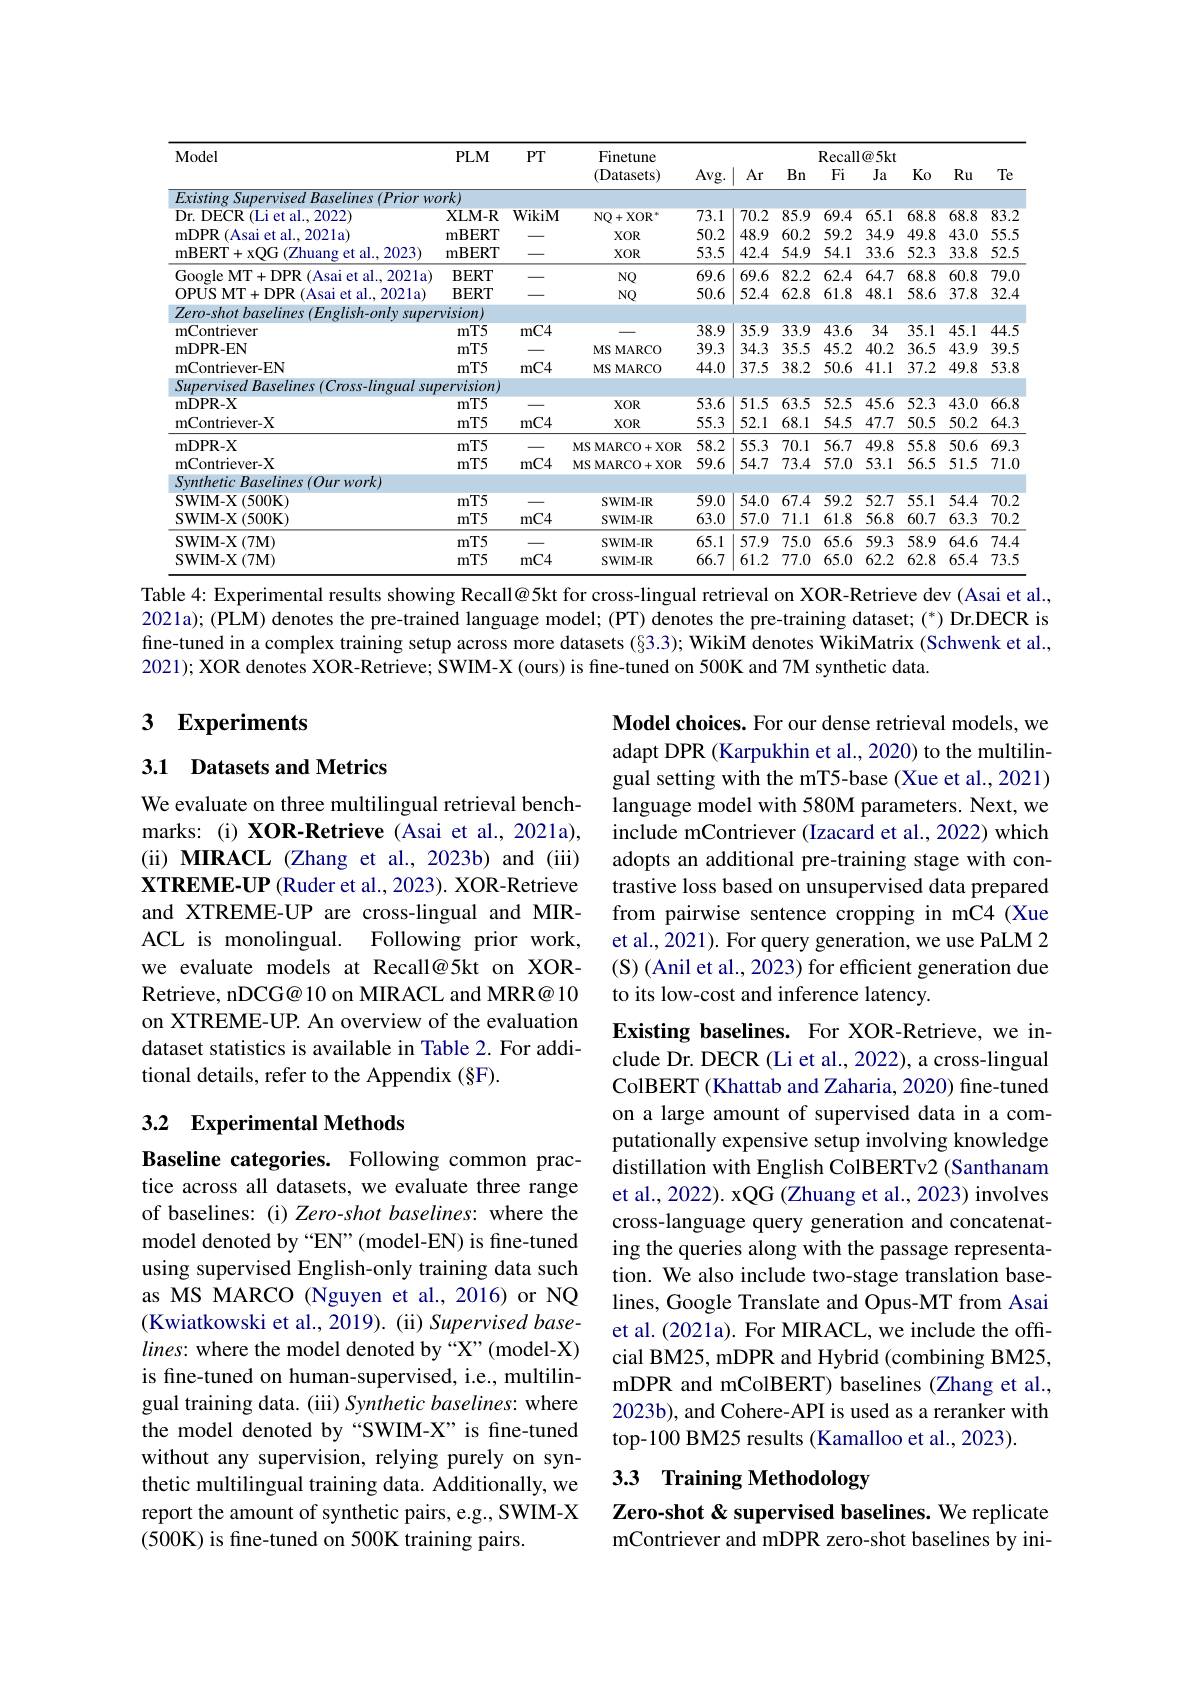
<table>
	<tbody>
		<tr>
			<th rowspan="2">Model</th>
			<th rowspan="2">$PLM$</th>
			<th rowspan="2">$PT$</th>
			<th rowspan="2">Finetune (Datasets)</th>
			<th> </th>
			<th colspan="6">Recall@5kt</th>
		</tr>
		<tr>
			<th>$Avg.$</th>
			<th>$Bn$</th>
			<th>Fi</th>
			<th>Ja</th>
			<th>$Ko$</th>
			<th>$Ru$</th>
			<th>Te</th>
		</tr>
		<tr>
			<td>Existing Supervised Baselines (Prior w</td>
			<td>$ork)$</td>
			<td> </td>
			<td> </td>
			<td> </td>
			<td> </td>
			<td> </td>
			<td> </td>
			<td> </td>
			<td> </td>
			<td> </td>
		</tr>
		<tr>
			<td>Dr. DECR (Li et al., 2022)</td>
			<td>$XLM-R$</td>
			<td>WikiM</td>
			<td>NQ+ XO$R^{* }$</td>
			<td>73.1</td>
			<td>85.9</td>
			<td>69.4</td>
			<td>65.1</td>
			<td>68.8</td>
			<td>68.8</td>
			<td>83.2</td>
		</tr>
		<tr>
			<td>mDPR (Asai et al., 2021a)</td>
			<td>mBERT</td>
			<td> </td>
			<td>$XOR$</td>
			<td>50.2</td>
			<td>60.2</td>
			<td>59.2</td>
			<td>34.9</td>
			<td>49.8</td>
			<td>43.0</td>
			<td>55.5</td>
		</tr>
		<tr>
			<td>mBERT+ xOG ${\mathrm{i}}($Zhuang et al..2023) </td>
			<td>mBERT</td>
			<td> </td>
			<td>$XOR$</td>
			<td>53.5</td>
			<td>54.9</td>
			<td>54.1</td>
			<td>33.6</td>
			<td>52.3</td>
			<td>33.8</td>
			<td>52.5</td>
		</tr>
		<tr>
			<td>(Asai et al., 2021a) Gooole MT+ DPR (</td>
			<td>$\mathbf{BERT}$</td>
			<td> </td>
			<td>$NQ$</td>
			<td>69.6</td>
			<td>82.2</td>
			<td>62.4</td>
			<td>64.7</td>
			<td>68.8</td>
			<td>60.8</td>
			<td>79.0</td>
		</tr>
		<tr>
			<td>OPUS MT+ DPR ( Asai et al. , 2021a) </td>
			<td>$\mathbf{BERT}$</td>
			<td> </td>
			<td>$NQ$</td>
			<td>50.6</td>
			<td>62.8</td>
			<td>61.8</td>
			<td>48.1</td>
			<td>58.6</td>
			<td>37.8</td>
			<td>32.. 4 </td>
		</tr>
		<tr>
			<td>Zero-shot baselines (English-onlv supe</td>
			<td>$rvision)$</td>
			<td> </td>
			<td> </td>
			<td> </td>
			<td> </td>
			<td> </td>
			<td> </td>
			<td> </td>
			<td> </td>
			<td> </td>
		</tr>
		<tr>
			<td>mContriever</td>
			<td>$mT5$</td>
			<td>$mC4$</td>
			<td> </td>
			<td>38.9</td>
			<td>33.9</td>
			<td>43.6</td>
			<td>34</td>
			<td>35.1 1</td>
			<td>45.1</td>
			<td>44.5</td>
		</tr>
		<tr>
			<td>mDPR-EN</td>
			<td>$mT5$</td>
			<td> </td>
			<td>MS MARCO</td>
			<td>39.3</td>
			<td>35.5</td>
			<td>45.2</td>
			<td>40.2</td>
			<td>36.5</td>
			<td>43.9</td>
			<td>39.5</td>
		</tr>
		<tr>
			<td>mContriever-EN</td>
			<td>$mT5$</td>
			<td>$mC4$</td>
			<td>MS MARCO</td>
			<td>44.0</td>
			<td>38.2</td>
			<td>50.6</td>
			<td>41.1</td>
			<td>37.2</td>
			<td>49.8</td>
			<td>53.8</td>
		</tr>
		<tr>
			<td>Supervised Baselines ( Cross-lingual su</td>
			<td>pervision</td>
			<td> </td>
			<td> </td>
			<td> </td>
			<td> </td>
			<td> </td>
			<td> </td>
			<td> </td>
			<td> </td>
			<td> </td>
		</tr>
		<tr>
			<td>mDPR- X</td>
			<td>$mT5$</td>
			<td> </td>
			<td>$XOR$</td>
			<td>53.6</td>
			<td>63.5</td>
			<td>52.5</td>
			<td>45.6</td>
			<td>52.3</td>
			<td>43.0</td>
			<td>66.8</td>
		</tr>
		<tr>
			<td>mContriever-X</td>
			<td>$mT5$</td>
			<td>$mC4$</td>
			<td>$XOR$</td>
			<td>55.3</td>
			<td>68.1</td>
			<td>54.5</td>
			<td>47.7</td>
			<td>50.5</td>
			<td>50.2</td>
			<td>64.3</td>
		</tr>
		<tr>
			<td>mDPR- X</td>
			<td>$mT5$</td>
			<td> </td>
			<td>MS MARCO+ XOR</td>
			<td>58.2</td>
			<td>70.1</td>
			<td>56.7</td>
			<td>49.8</td>
			<td>55.8</td>
			<td>50.6</td>
			<td>69.3</td>
		</tr>
		<tr>
			<td>mContriever-X</td>
			<td>$mT5$</td>
			<td>$mC4$</td>
			<td>MS MARCO+XOR</td>
			<td>59.6</td>
			<td>73.4</td>
			<td>57.0</td>
			<td>53.1</td>
			<td>56.5</td>
			<td>51.5</td>
			<td>71.0</td>
		</tr>
		<tr>
			<td>Synthetic Baselines (Ourwork)</td>
			<td> </td>
			<td> </td>
			<td> </td>
			<td> </td>
			<td> </td>
			<td> </td>
			<td> </td>
			<td> </td>
			<td> </td>
			<td> </td>
		</tr>
		<tr>
			<td>$SWIM-X(500K)$</td>
			<td>$mT5$</td>
			<td> </td>
			<td>SWIM-IR</td>
			<td>59.0</td>
			<td>67.4</td>
			<td>59.2</td>
			<td>527</td>
			<td>55.1</td>
			<td>54.4</td>
			<td>70.2</td>
		</tr>
		<tr>
			<td>SWIM- X(500K)</td>
			<td>$mT5$</td>
			<td>$mC4$</td>
			<td>${\mathrm{SWIM-IR}}$</td>
			<td>63.0</td>
			<td>71.1</td>
			<td>61.8</td>
			<td>56.8</td>
			<td>60.7</td>
			<td>63.3</td>
			<td>70.2</td>
		</tr>
		<tr>
			<td>SWIM- X$( 7\mathbf{M} )$</td>
			<td>$mT5$</td>
			<td></td>
			<td>SWIM-IR</td>
			<td>65.1</td>
			<td>75.0</td>
			<td>65.6</td>
			<td>59.3</td>
			<td>58.9</td>
			<td>64.6</td>
			<td>74.4</td>
		</tr>
		<tr>
			<td>SWIM- X(7M)</td>
			<td>$mT5$</td>
			<td>$mC4$</td>
			<td>SWIM-IR</td>
			<td>66.7</td>
			<td>77.0</td>
			<td>65.0</td>
			<td>62.2</td>
			<td>62.8</td>
			<td>65.4</td>
			<td>73.5</td>
		</tr>
	</tbody>
</table>

Table 4: Experimental results showing Recall@5kt for cross-lingual retrieval on XOR-Retrieve dev (Asai et al.,

2021a); (PLM) denotes the pre-trained language model; (PT) denotes the pre-training dataset; (*) Dr.DECR is fine-tuned in a complex training setup across more datasets (§3.3); WikiM denotes WikiMatrix (Schwenk et al., 2021); XOR denotes XOR-Retrieve; SWIM-X (ours) is fine-tuned on 500K and 7M synthetic data.

# 3 Experiments

### 3.1 Datasets and Metrics

Model choices. For our dense retrieval models, we adapt DPR (Karpukhin et al., 2020) to the multilingual setting with the mT5-base (Xue et al., 2021) language model with 580M parameters. Next, we include mContriever (Izacard et al., 2022) which adopts an additional pre-training stage with contrastive loss based on unsupervised data prepared from pairwise sentence cropping in mC4 (Xue et al., 2021). For query generation, we use PaLM 2 (S) (Anil et al., 2023) for efficient generation due to its low-cost and inference latency.

We evaluate on three multilingual retrieval benchmarks: (i) XOR-Retrieve (Asai et al., 2021a), (ii) MIRACL (Zhang et al., 2023b) and (iii) XTREME-UP (Ruder et al., 2023). XOR-Retrieve and XTREME-UP are cross-lingual and MIRACL is monolingual. Following prior work, we evaluate models at Recall@5kt on XORRetrieve, nDCG@ 10 on MIRACL and MRR@ 10 on XTREME-UP. An overview of the evaluation dataset statistics is available in Table 2. For additional details, refer to the Appendix (§F).

## 3.2 $\textbf{Experimental Methods}$

Existing baselines. For XOR-Retrieve, we include Dr. DECR (Li et al., 2022), a cross-lingual ColBERT (Khattab and Zaharia, 2020) fine-tuned on a large amount of supervised data in a computationally expensive setup involving knowledge distillation with English ColBERTv2 (Santhanam et al., 2022). xQG (Zhuang et al., 2023) involves cross-language query generation and concatenating the queries along with the passage representation. We also include two-stage translation baselines, Google Translate and Opus-MT from Asai et al. (2021a). For MIRACL, we include the offcial BM25, mDPR and Hybrid (combining BM25, mDPR and mColBERT) baselines (Zhang et al., 2023b), and Cohere-API is used as a reranker with top-100 BM25 results (Kamalloo et al., 2023).

Baseline categories. Following common practice across all datasets, we evaluate three range of baselines: (i) Zero-shot baselines: where the model denoted by “EN”(model-EN) is fine-tuned using supervised English-only training data such as MS MARCO (Nguyen et al.,2016) or NQ (Kwiatkowski et al., 2019). (ii) Supervised base- $lines:$ where the model denoted by“X”(model-X) is fine-tuned on human-supervised, i.e., multilingual training data. ( iii) Synthetic baselines: where the model denoted by“SWIM-X”is fine-tuned without any supervision, relying purely on synthetic multilingual training data. Additionally, we report the amount of synthetic pairs, e.g., SWIM-X (500K) is fine-tuned on 500K training pairs.

3.3 Training Methodology

Zero-shot & supervised baselines. We replicate mContriever and mDPR zero-shot baselines by ini-